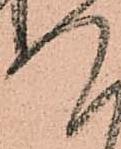
謹